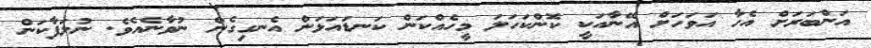
އަންބަރަށް އެހާ އަވަހަށް އޭނާއަކީ ކޮންކަހަލަ މީހެއްކަން ކަނޑައަޅަން އެނގިގެން ނުވާނެއެވެ. ނުލަފާކަން